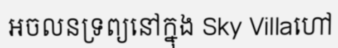
អចលនទ្រព្យនៅក្នុង Sky Villaហៅ